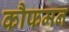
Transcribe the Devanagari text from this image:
कौफमन